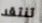
تنتقد